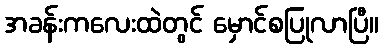
အခန်းကလေးထဲတွင် မှောင်စပြုလာပြီ။